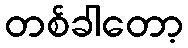
တစ်ခါတော့